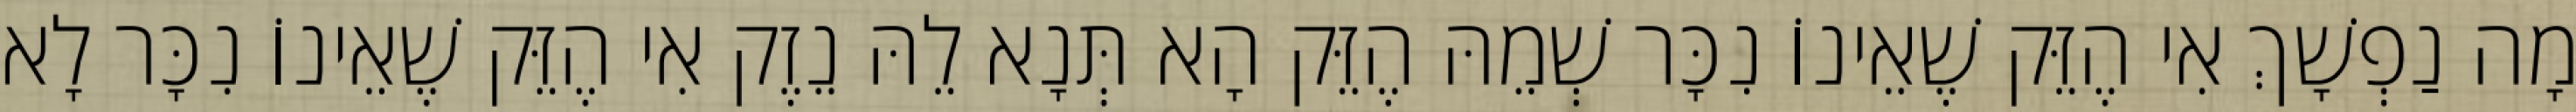
מָה נַפְשָׁךְ אִי הֶזֵּק שֶׁאֵינוֹ נִכָּר שְׁמֵהּ הֶזֵּק הָא תְּנָא לֵהּ נֵזֶק אִי הֶזֵּק שֶׁאֵינוֹ נִכָּר לָא